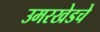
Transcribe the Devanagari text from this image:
उमरखेडचे